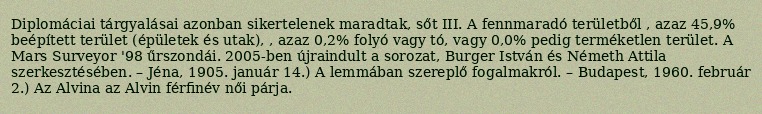
Diplomáciai tárgyalásai azonban sikertelenek maradtak, sőt III. A fennmaradó területből , azaz 45,9% beépített terület (épületek és utak), , azaz 0,2% folyó vagy tó, vagy 0,0% pedig terméketlen terület. A Mars Surveyor '98 űrszondái. 2005-ben újraindult a sorozat, Burger István és Németh Attila szerkesztésében. – Jéna, 1905. január 14.) A lemmában szereplő fogalmakról. – Budapest, 1960. február 2.) Az Alvina az Alvin férfinév női párja.